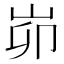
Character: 峁